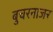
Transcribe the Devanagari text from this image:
बुचरनाजर